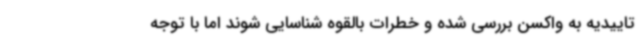
تاییدیه به واکسن بررسی شده و خطرات بالقوه شناسایی شوند اما با توجه